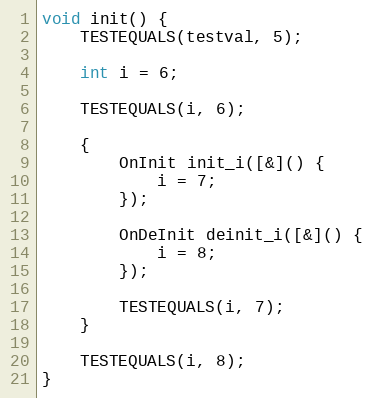
Language: C++
void init() {
	TESTEQUALS(testval, 5);

	int i = 6;

	TESTEQUALS(i, 6);

	{
		OnInit init_i([&]() {
			i = 7;
		});

		OnDeInit deinit_i([&]() {
			i = 8;
		});

		TESTEQUALS(i, 7);
	}

	TESTEQUALS(i, 8);
}